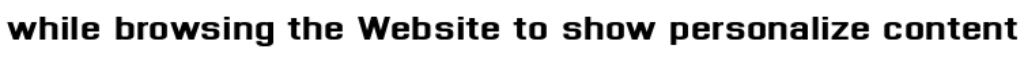
while browsing the Website to show personalize content